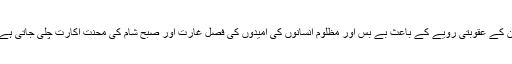
ان کے عقوبتی رویے کے باعث بے بس اور مظلوم انسانوں کی امیدوں کی فصل غارت اور صبح شام کی محنت اکارت چلی جاتی ہے۔